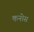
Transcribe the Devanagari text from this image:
कनोस